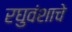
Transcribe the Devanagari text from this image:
रघुवंशाचे